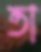
তা